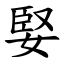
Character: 婜